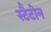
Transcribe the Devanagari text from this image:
स्टैटोन